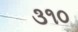
૩૧૦